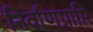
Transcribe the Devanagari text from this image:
निर्वाणप्राप्ति